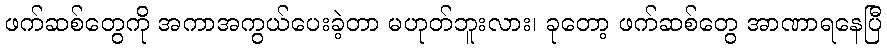
ဖက်ဆစ်တွေကို အကာအကွယ်ပေးခဲ့တာ မဟုတ်ဘူးလား၊ ခုတော့ ဖက်ဆစ်တွေ အာဏာရနေပြီ